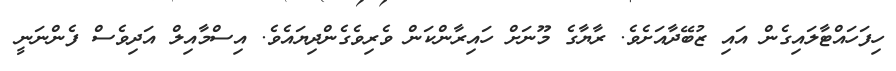
ހިފަހައްޓާލައިގެން އައި ޒުބޭދާއަށެވެ. ރާޔާގެ މޫނަށް ހައިރާންކަން ވެރިވެގެންދިޔައެވެ. އިސްމާއިލް އަދިވެސް ފެންނަނީ